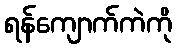
ရန်ကျောက်ကဲကို